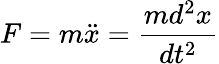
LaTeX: F=m\ddot{x}=\frac{md^{2}x}{dt^{2}}